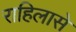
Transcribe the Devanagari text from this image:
राहिलासे